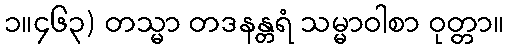
၁။၄၆၃) တသ္မာ တဒနန္တရံ သမ္မာဝါစာ ဝုတ္တာ။